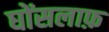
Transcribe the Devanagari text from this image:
घोंसलाफ़